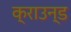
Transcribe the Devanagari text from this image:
क्राउन्ड